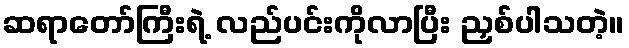
ဆရာတော်ကြီးရဲ့ လည်ပင်းကိုလာပြီး ညှစ်ပါသတဲ့။